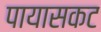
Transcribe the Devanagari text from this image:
पायासकट